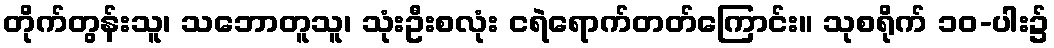
တိုက်တွန်းသူ၊ သဘောတူသူ၊ သုံးဦးစလုံး ငရဲရောက်တတ်ကြောင်း။ သုစရိုက် ၁၀-ပါး၌